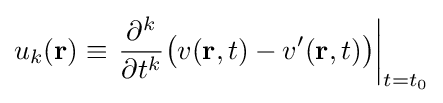
u_{k}(\mathbf {r} )\equiv \left.{\frac {\partial ^{k}}{\partial t^{k}}}{\big (}v(\mathbf {r} ,t)-v'(\mathbf {r} ,t){\big )}\right|_{t=t_{0}}